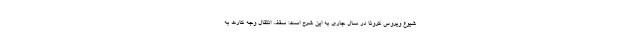
شیوع ویروس کرونا در سال جاری به این شرح است: سقف انتقال وجه کارت به